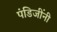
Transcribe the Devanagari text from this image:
पंडिजींनी